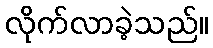
လိုက်လာခဲ့သည်။